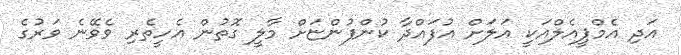
އަދި އެމްޕީއެލްއަކީ އަލަށް އުފައްދާ ކުންފުންޏަށް މާލީ ގޮތުން އެހީތެރި ވެވޭނެ ވަރުގެ